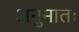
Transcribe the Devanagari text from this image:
अनुमातः